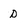
Character: d